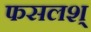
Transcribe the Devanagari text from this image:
फसलश्